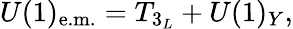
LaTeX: U(1)_{\mathrm{e.m.}}=T_{3_{L}}+U(1)_{Y},